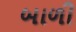
બાળી